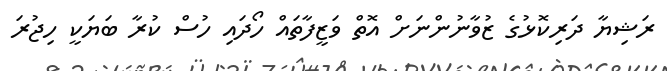
ރަޝިޔާ ދަރިކޮޅުގެ ޒުވާނުންނަށް އޮތް ވަޒީފާތައް ހޯދައި ހުސް ކުރާ ބަޔަކީ ހިޖުރަ